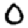
Digit: 0